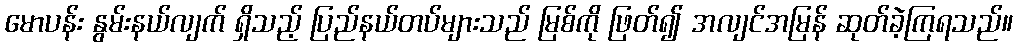
မောပန်း နွမ်းနယ်လျက် ရှိသည့် ပြည်နယ်တပ်များသည် မြစ်ကို ဖြတ်၍ အလျင်အမြန် ဆုတ်ခဲ့ကြရသည်။